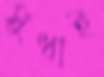
সুধাই